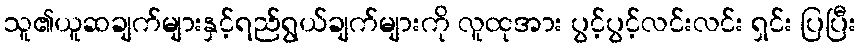
သူ၏ယူဆချက်များနှင့်ရည်ရွယ်ချက်များကို လူထုအား ပွင့်ပွင့်လင်းလင်း ရှင်း ပြပြီး